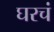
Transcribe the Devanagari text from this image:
घरचं